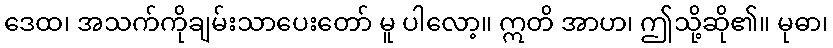
ဒေထ၊ အသက်ကိုချမ်းသာပေးတော် မူ ပါလော့။ ဣတိ အာဟ၊ ဤသို့ဆို၏။ မုဓာ၊